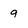
Character: 9